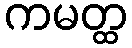
ကမတ္ထ